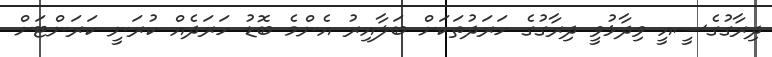
ދިރާގުގެސީއީ ވިދާޅުވީ ދިރާގުގެ ހަރަދުތަކަށް ބަލާއިރު އެންމެ ބޮޑު ހަަރަދެއް ކުރަނީ ކަރަންޓަށް